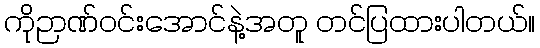
ကိုဉာဏ်ဝင်းအောင်နဲ့အတူ တင်ပြထားပါတယ်။